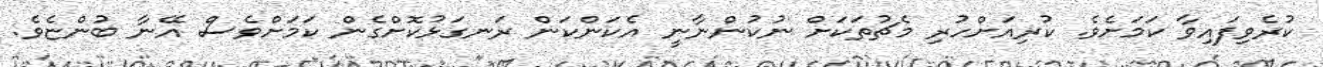
ކުރެވިފައިވާ ކަމަށެވެ. ކުރިއަށްހުރި މެޗުތަކަށް ނުކުންނާނީ އެކަންކަން ރަނގަޅުކޮށްގެން ކަމަށްވެސް އޭނާ ބުންޏެވެ.